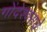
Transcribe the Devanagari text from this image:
गोंदेश्वराचे